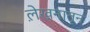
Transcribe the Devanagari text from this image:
ले़खनातून